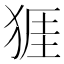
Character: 𪺾